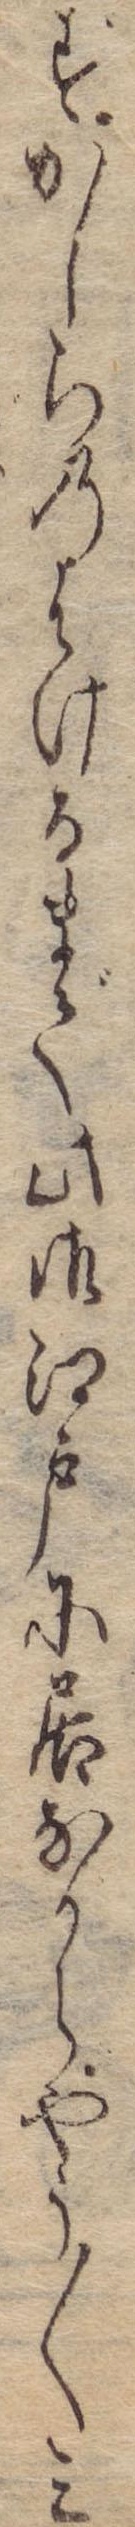
ずかしらのはけるまで此御江戸に居なからやう〱三